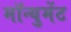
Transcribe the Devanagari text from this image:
मॉन्युमेंट